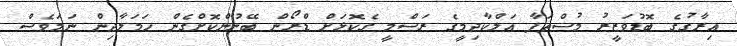
އިރާގުގެ ބޮޑުވަޒީރު މުސްތަފާ އަލްކާދިމީގެ ރަސްމީ ގެކޮޅަށް ޑްރޯން ބޭނުންކޮށްގެން ހަމަލާދިން ނަމަވެސް